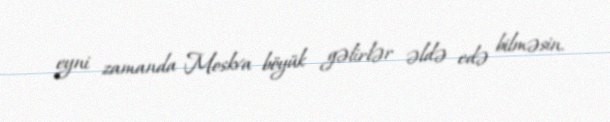
eyni zamanda Moskva böyük gəlirlər əldə edə bilməsin.